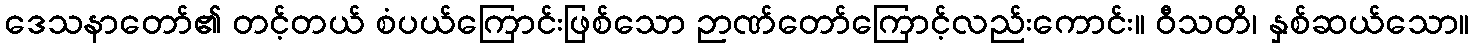
ဒေသနာတော်၏ တင့်တယ် စံပယ်ကြောင်းဖြစ်သော ဉာဏ်တော်ကြောင့်လည်းကောင်း။ ဝီသတိ၊ နှစ်ဆယ်သော။